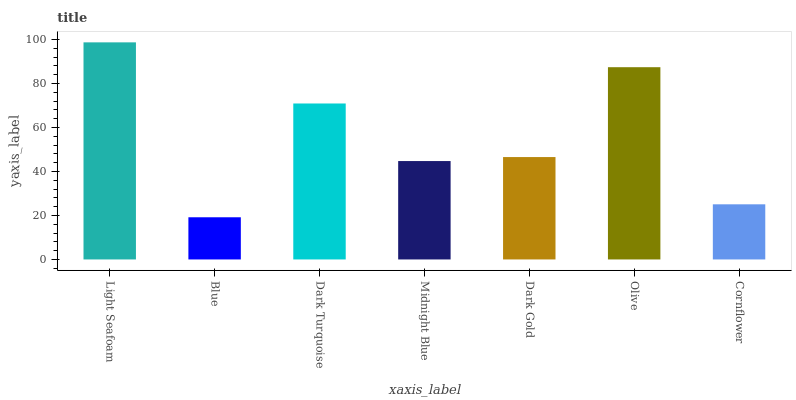
| xaxis_label | bars |
 | --- | --- |
 | Light Seafoam | 98.7 |
 | Blue | 19.2 |
 | Dark Turquoise | 70.9 |
 | Midnight Blue | 44.7 |
 | Dark Gold | 46.6 |
 | Olive | 87.4 |
 | Cornflower | 25.1 |